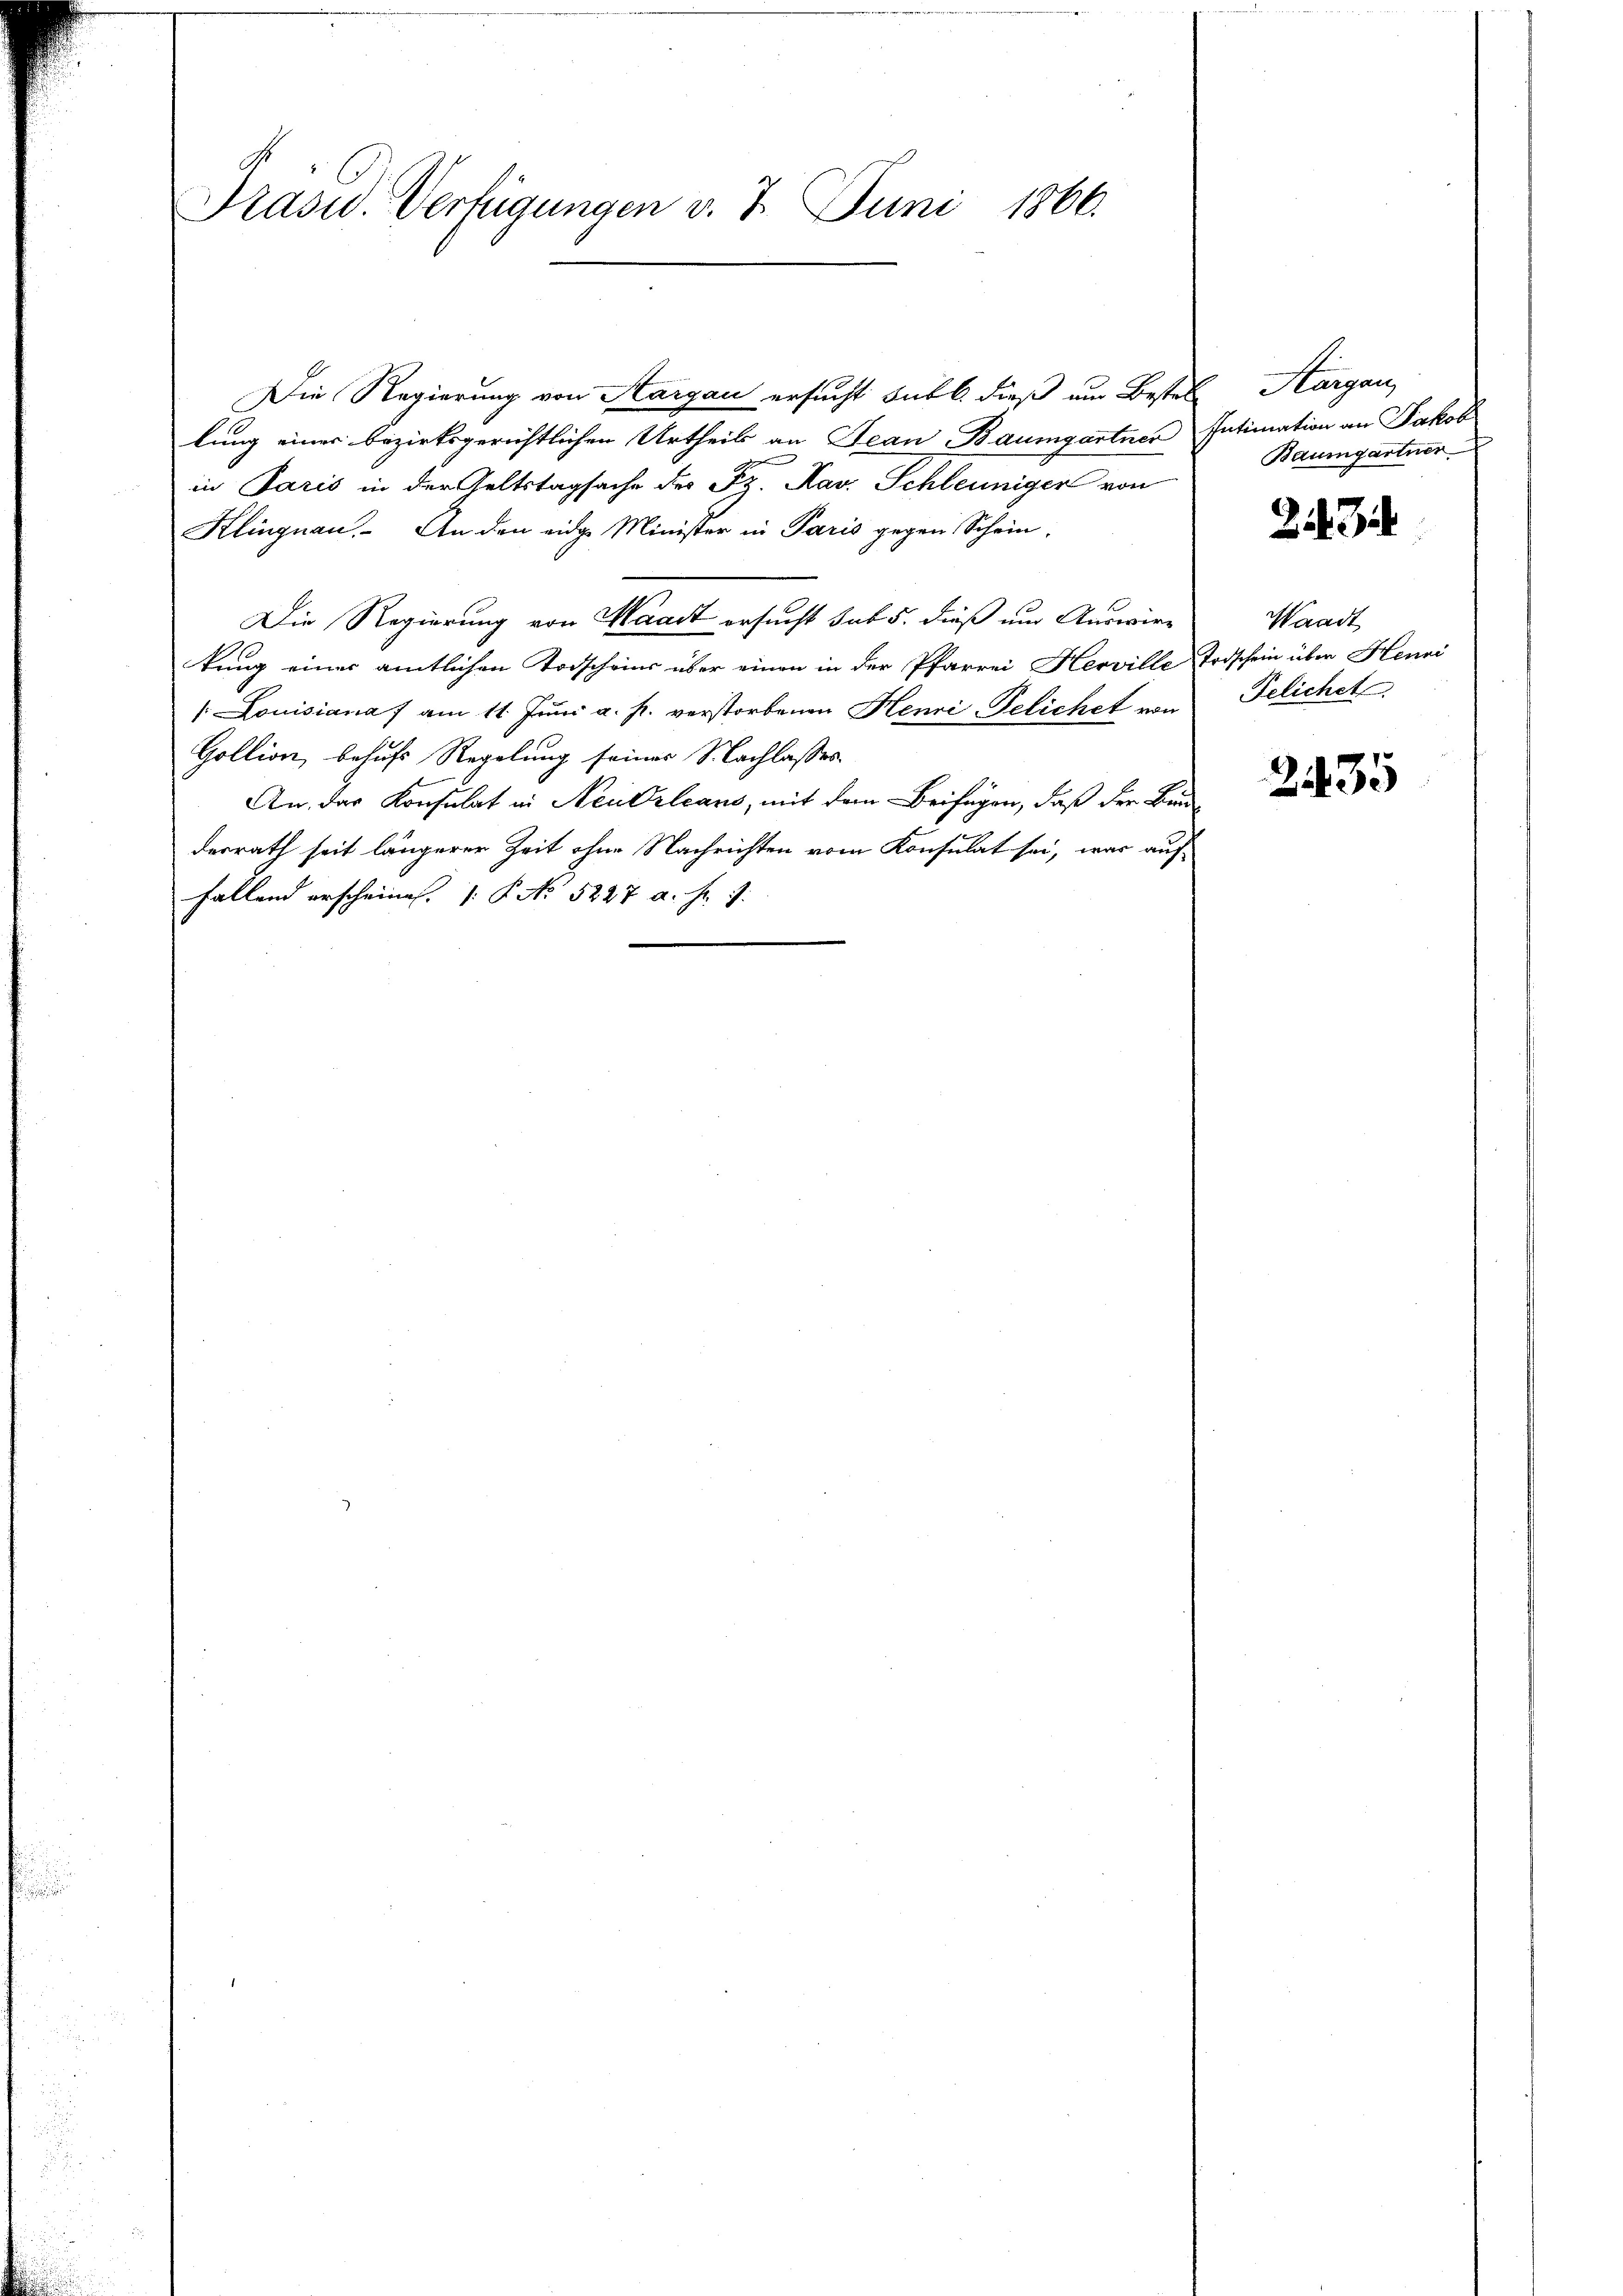
Prasid. Verfügungen v. 7. Juni 1866.

Die Regierung von Hargau ersucht subl. dieß um Bestel
lung einer bezirksgerichtlichen Urtheil an Jean Baumgartner Intimation an Jakob
in Paris in der Geltstagsache des Fr. Kav. Schleuniger von
Klingnau. An den eidge Minister in Paris gegen Schein,
Die Regierung von Waadt ersucht sub 5. dieß um Auswir-
tung einer amtlichen Todscheins über einen in der Pfarrei Herville Todschein über Henri
/:Louisiana am 11. Jŭni a. f. verstorbenen Henri-Telichet von
Goltion behufs Regelung seines Nachlasses
An das Konsulat in Neukrleans, mit dem Beifügen, daß der Bundesrath seit längerer Zeit ohne Nachrichten vom Konsulat sei, was auf
fallend erscheines. 1. P. No 5227 a. h. d.

Aargang
Baumgartner

3

Waadt
Felichet

2435